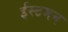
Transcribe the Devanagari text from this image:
ईस्टमन